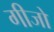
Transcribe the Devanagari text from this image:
गीजो